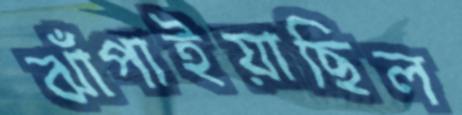
ঝাঁপাইয়াছিল